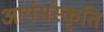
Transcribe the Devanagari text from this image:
आर्यसंस्कृति